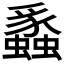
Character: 𬠸